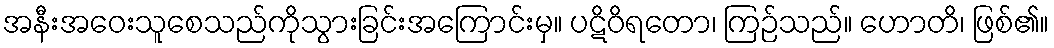
အနီးအဝေးသူစေသည်ကိုသွားခြင်းအကြောင်းမှ။ ပဋိဝိရတော၊ ကြဉ်သည်။ ဟောတိ၊ ဖြစ်၏။